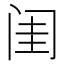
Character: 闺